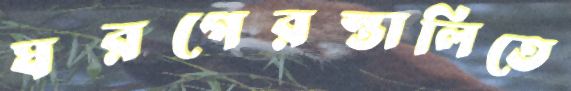
ঘরগেরস্তালিতে